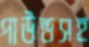
পাউন্ডসহ